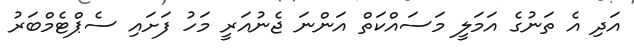
އަދި އެ ތަނުގެ އަމަލީ މަސައްކަތް އަންނަ ޖެނުއަރީ މަހު ފަށައި ސެޕްޓެމްބަރު